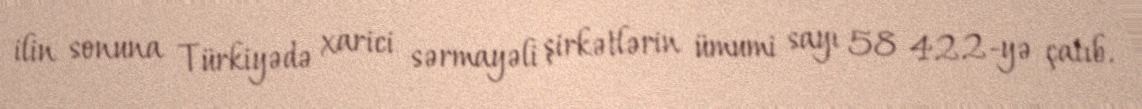
ilin sonuna Türkiyədə xarici sərmayəli şirkətlərin ümumi sayı 58 422-yə çatıb.